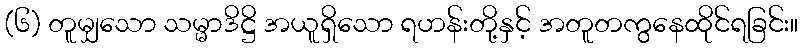
(၆) တူမျှသော သမ္မာဒိဋ္ဌိ အယူရှိသော ရဟန်းတို့နှင့် အတူတကွနေထိုင်ရခြင်း။